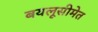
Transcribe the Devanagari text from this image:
बयलूसीमेत